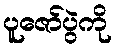
ပူဇော်ပွဲကို